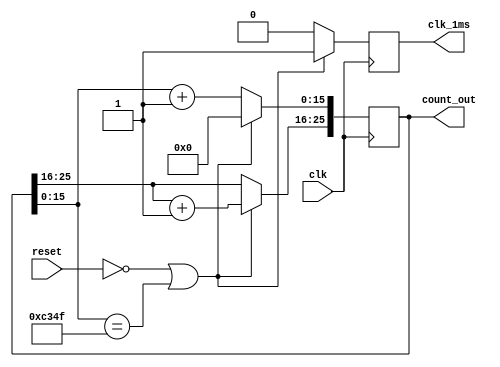
`timescale 1ns / 1ps
//////////////////////////////////////////////////////////////////////////////////
// Company: 
// Engineer: 
// 
// Design Name: 
// Module Name:    counter_26bit 
// Project Name: 
// Target Devices: 
// Tool versions: 
// Description: 
//
// Dependencies: 
//
// Revision: 
// Revision 0.01 - File Created
// Additional Comments: 
//
//////////////////////////////////////////////////////////////////////////////////
	module counter_26bit(clk, reset, clk_1ms, count_out);
	parameter COUNTER=26;
	
	input clk;
	input reset;
	output clk_1ms;
	output [COUNTER-1:0] count_out;
	
	reg [COUNTER-1:0] count;//count_out
	reg second_m;//clk_1ms
	wire clk;
	wire [COUNTER-1:0] count_out;
	
	initial count<=0;
	
	assign clk_1ms=second_m;
	assign count_out=count;
		
	always@(posedge clk)begin
		//1650000
		if(!reset || (count[15:0]==49999))begin
			count[15:0]<=0;
			count[25:16]<=count[25:16]+1;
			second_m<=1;
		end
		else begin
			count[15:0] <= count+1;
			second_m<=0;
		end
	end
	
endmodule